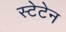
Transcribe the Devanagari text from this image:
स्टेटेन